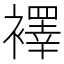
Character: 襗